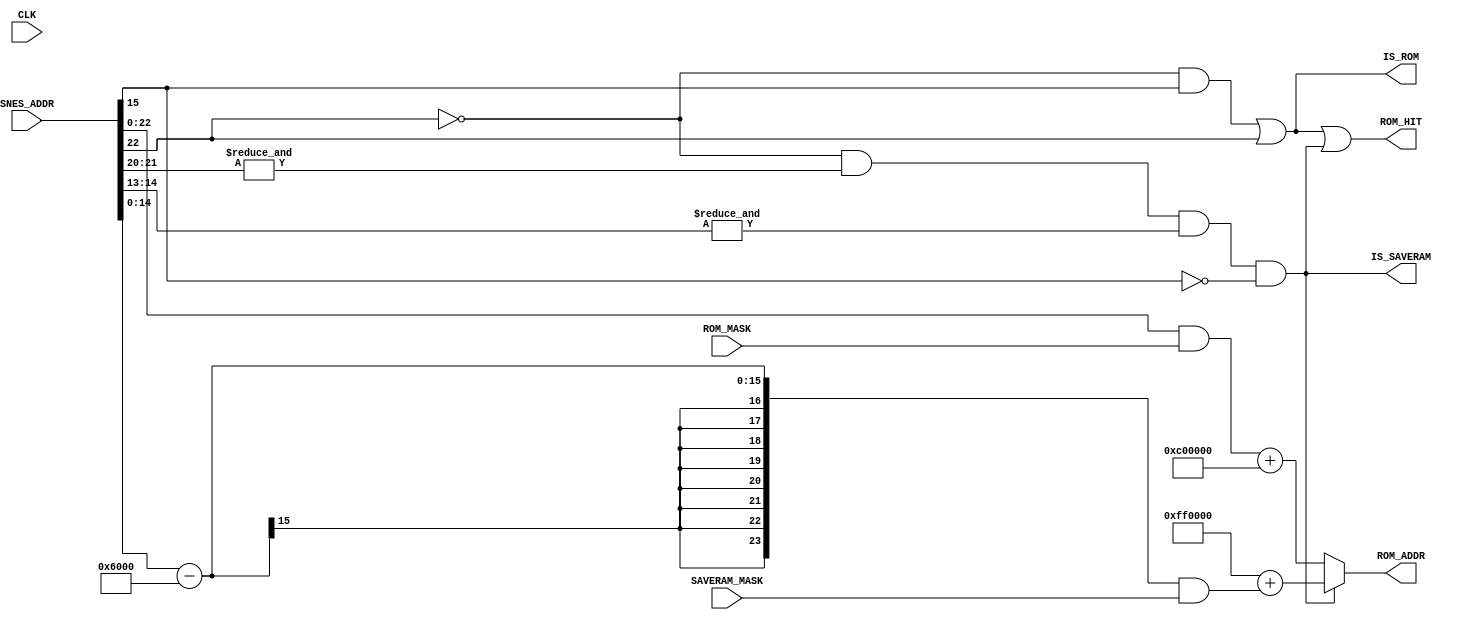
module address(
  input CLK,
  input [23:0] SNES_ADDR,   // requested address from SNES
  output [23:0] ROM_ADDR,   // Address to request from SRAM0
  output ROM_HIT,           // enable SRAM0
  output IS_SAVERAM,        // address/CS mapped as SRAM?
  output IS_ROM,            // address mapped as ROM?
  input [23:0] SAVERAM_MASK,
  input [23:0] ROM_MASK
);

wire [23:0] SRAM_SNES_ADDR;

/* static mapper:
      menu (ROM in upper SRAM)
*/

/* HiROM:   SRAM @ Bank 0x30-0x3f, 0xb0-0xbf
            Offset 6000-7fff */

assign IS_ROM = ((!SNES_ADDR[22] & SNES_ADDR[15])
                 |(SNES_ADDR[22]));

assign IS_SAVERAM = (!SNES_ADDR[22]
                     & &SNES_ADDR[21:20]
                     & &SNES_ADDR[14:13]
                     & !SNES_ADDR[15]
                    );

assign SRAM_SNES_ADDR = (IS_SAVERAM
                             ? 24'hFF0000 + ((SNES_ADDR[14:0] - 15'h6000)
                                             & SAVERAM_MASK)
                             : (({1'b0, SNES_ADDR[22:0]} & ROM_MASK)
                                + 24'hC00000)
                        );

assign ROM_ADDR = SRAM_SNES_ADDR;

assign ROM_HIT = IS_ROM | IS_SAVERAM;

endmodule